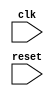
module behavioral_modeling (
    input wire clk,
    input wire reset
);

always @(posedge clk or negedge reset)
begin
    // Behavior to be executed when there is a positive edge of the clock signal and a negative edge of the reset signal
end

endmodule